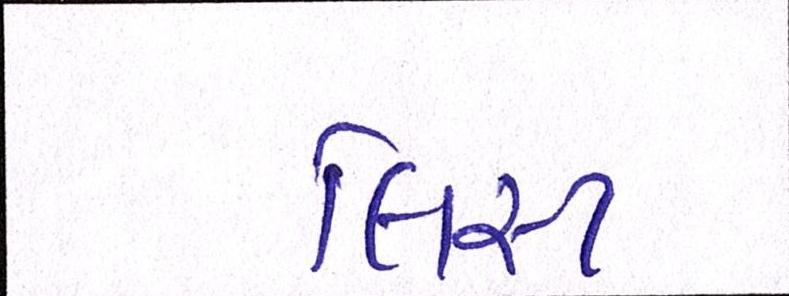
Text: લિસ્ટ